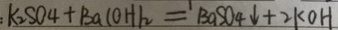
: k _ { 2 } S O _ { 4 } + B a ( O H ) _ { 2 } = B a S O _ { 4 } \downarrow + 2 k O H